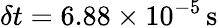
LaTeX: \delta t=6.88\times 10^{-5}\, \mathrm{{s}}